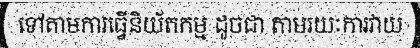
ទៅតាមការធ្វើនិយ័តកម្ម ដូចជា តាមរយៈការវាយ